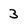
Character: 3